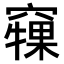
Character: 𥨘